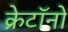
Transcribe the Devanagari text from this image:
क्रेटॉनों